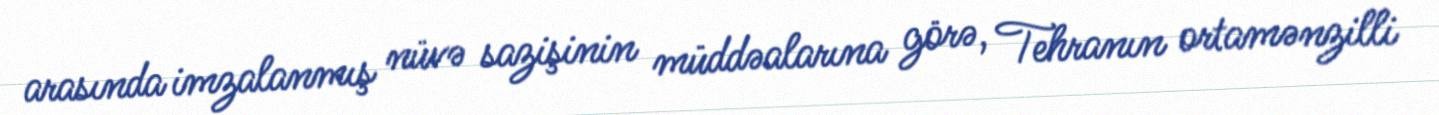
arasında imzalanmış nüvə sazişinin müddəalarına görə, Tehranın ortamənzilli